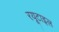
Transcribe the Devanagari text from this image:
रयूटाइल